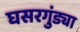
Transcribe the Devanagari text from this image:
घसरगुंड्या